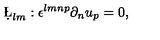
\d \L _ { l m } : \epsilon ^ { l m n p } \partial _ { n } u _ { p } = 0 ,